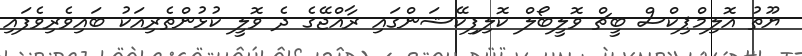
ޔޫތު އޮލިމްޕިކްސް ބީޗް ވޮލީބޯލް ކޮލިފިކޭޝަންގައި ރާއްޖޭގެ ދެ ވޮލީ ކުޅުންތެރިއަކު ބައިވެރިވެފައި